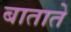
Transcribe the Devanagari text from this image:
बाताते